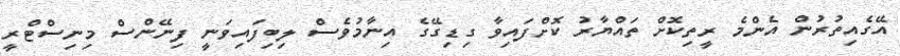
އޭގެއިތުރުން އެންމެ ރީތިކޮށް ތައްޔާރު ކޮށްފައިވާ ގިޑިގޭގެ އިނާމުވެސް ލިބިފައިވަނީ ފިނޭންސް މިނިސްޓްރީ